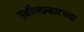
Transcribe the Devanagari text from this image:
पुढीलप्रकारच्या